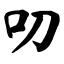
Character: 叨